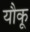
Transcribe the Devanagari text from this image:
यौकू